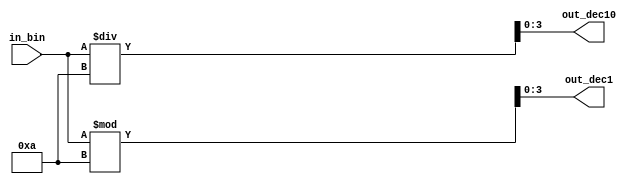
module digits(in_bin, out_dec10, out_dec1);
    input wire [5:0] in_bin; // 6 bit input
    output wire [3:0] out_dec10; // 4 bit output for 10s digit
    output wire [3:0] out_dec1; // 4 bit output for 1s digit

  	assign out_dec10 = (in_bin / 10);

  	assign out_dec1 = (in_bin % 10);
endmodule